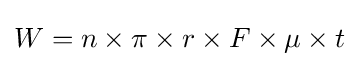
W=n\times \pi \times r\times F\times \mu \times t